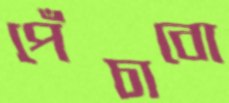
পেঁচাবো